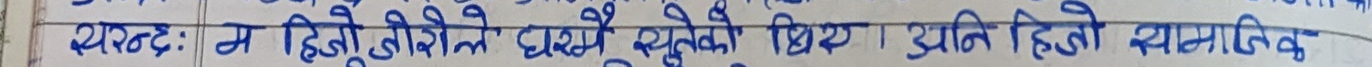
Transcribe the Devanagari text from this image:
स्पष्ट: म हिजो दिउँसो नै घरमै सुतेको थिएँ। प्रगति हेर्नु व्यबसायिक